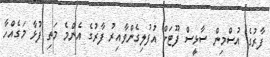
ފާރުގެ އުސްމިން ސާޅީސް ފޫޓަށް އުފުލިގެންވާއިރު ފާރުގެ އެންމެ މަތި ފުޅާ މަގެއްހާ